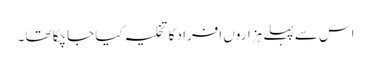
اس سے پہلے ہزاروں افراد کا تخلیہ کیا جاچکا تھا ۔